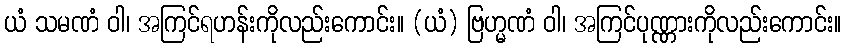
ယံ သမဏံ ဝါ၊ အကြင်ရဟန်းကိုလည်းကောင်း။ (ယံ) ဗြဟ္မဏံ ဝါ၊ အကြင်ပုဏ္ဏားကိုလည်းကောင်း။